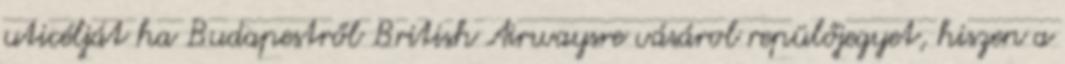
uticélját ha Budapestről British Airwaysre vásárol repülőjegyet, hiszen a